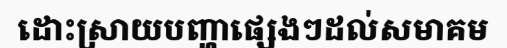
ដោះស្រាយបញ្ហាផ្សេងៗដល់សមាគម